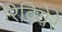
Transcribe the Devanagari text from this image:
रिवियेरे